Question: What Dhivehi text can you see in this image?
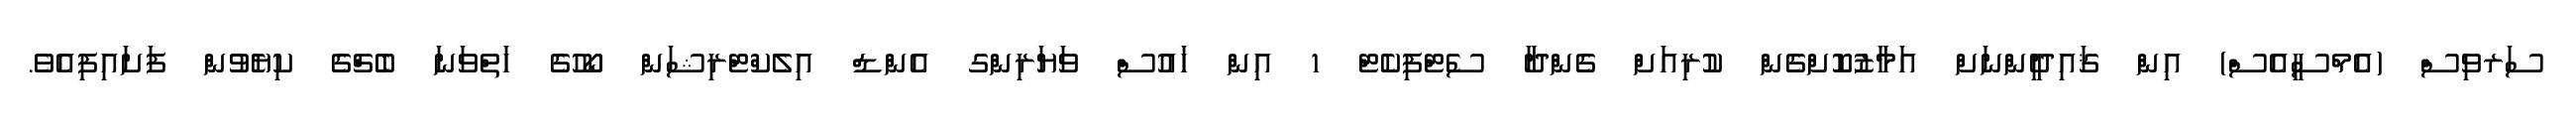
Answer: ސަރވިސް (އެމްސީއެސް) އިން ޤައިދީންނަށް އަމާޒުކޮށްގެން ކުރިއަށް ގެންދާ ސެޓްފިކެޓް 1 އިން ހައުސް ވަޔަރިންގ އެންޑް އިލެކްޓްރިޝަން ކޯހުގެ ހަތްވަނަ ބެޗްގެ ކިޔެވުން ފަށައިފިއެވެ.